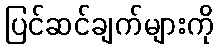
ပြင်ဆင်ချက်များကို